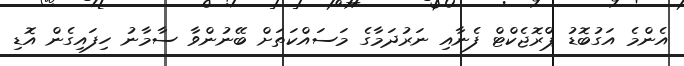
އެންމެ އަގުބޮޑު ޕްރޮޖެކްޓް ފެނާއި ނަރުދަމާގެ މަސައްކަތަށް ބޭނުންވާ ސާމާނު ހިފައިގެން އޮޑި